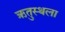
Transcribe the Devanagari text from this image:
ऋतुस्थला